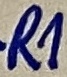
Text: R1